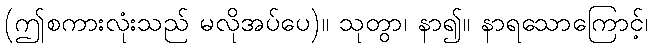
(ဤစကားလုံးသည် မလိုအပ်ပေ)။ သုတွာ၊ နာ၍။ နာရသောကြောင့်၊